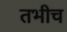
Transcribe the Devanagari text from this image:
तभीच